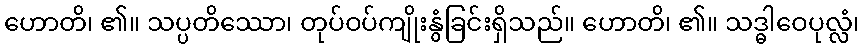
ဟောတိ၊ ၏။ သပ္ပတိဿော၊ တုပ်ဝပ်ကျိုးနွံခြင်းရှိသည်။ ဟောတိ၊ ၏။ သဒ္ဓါဝေပုလ္လံ၊